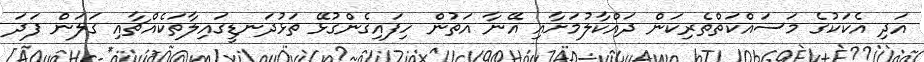
އަދި އެކަކުގެ މަސައްކަތްތެރިކަން ދައްކާލުމަށާއި އޭނާ އަތުން ހިފައިގެންގުޅޭ ތަޅުދަނޑީގައިލާތަކެއްޗާއި ގަލަން ފަދަ